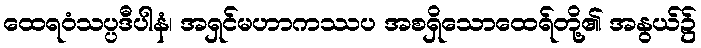
ထေရဝံသပ္ပဒီပါနံ၊ အရှင်မဟာကဿပ အစရှိသောထေရ်တို့၏ အနွယ်၌